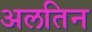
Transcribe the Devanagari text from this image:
अलतिन